画像に写った文字を読んでください
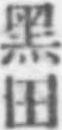
「黑田」と書いてあります